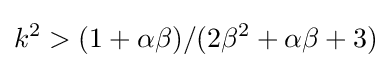
k^{2}>(1+\alpha \beta )/(2\beta ^{2}+\alpha \beta +3)